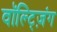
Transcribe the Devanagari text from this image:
वॉल्ट्ज़िंग